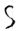
Text: S